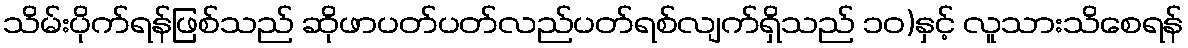
သိမ်းပိုက်ရန်ဖြစ်သည် ဆိုဖာပတ်ပတ်လည်ပတ်ရစ်လျက်ရှိသည် ၁၀)နှင့် လူသားသိစေရန်